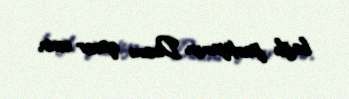
bağlı partiyanın Divanı qərar verir.